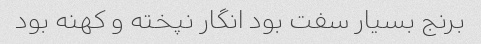
برنج بسیار سفت بود انگار نپخته و کهنه بود